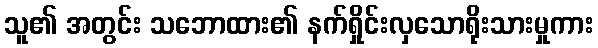
သူ၏ အတွင်း သဘောထား၏ နက်ရှိုင်းလှသောရိုးသားမှုကား